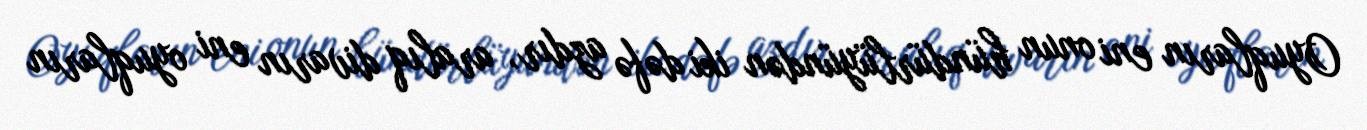
Oyuqların eni onun hündürlüyündən iki dəfə azdır, aralıq divarın eni oyuqların